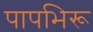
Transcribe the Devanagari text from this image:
पापभिरू